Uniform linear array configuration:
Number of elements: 16
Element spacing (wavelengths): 0.25
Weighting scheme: hann
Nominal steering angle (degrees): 60
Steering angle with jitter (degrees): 60.155
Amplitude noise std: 0.05
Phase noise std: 0.05

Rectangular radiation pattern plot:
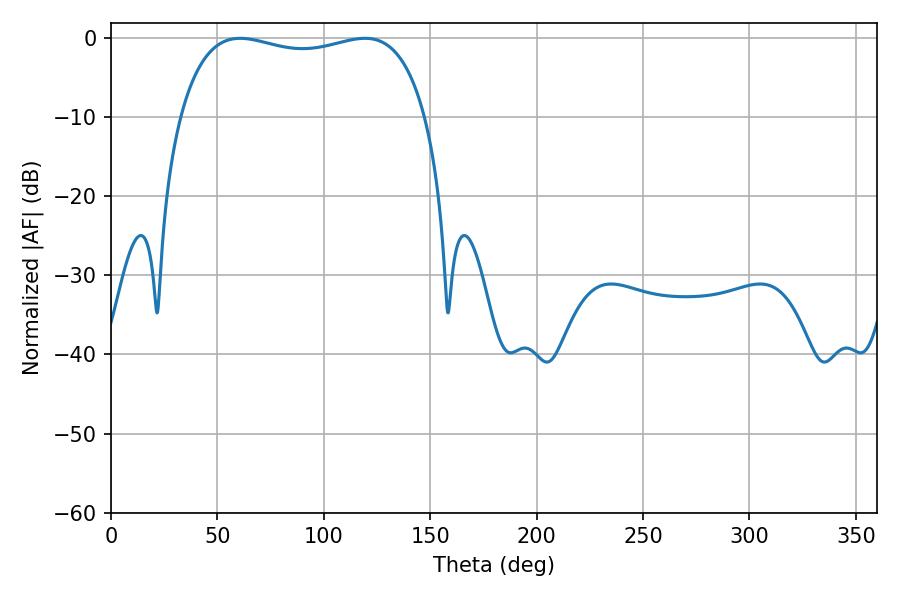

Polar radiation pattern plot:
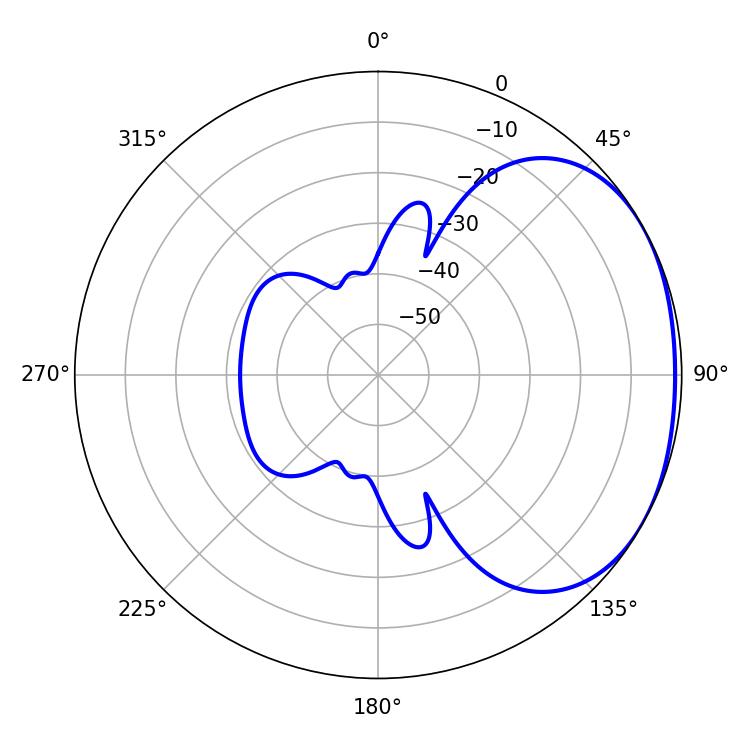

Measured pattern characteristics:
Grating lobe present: FALSE
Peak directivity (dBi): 1.833
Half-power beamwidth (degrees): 93.96
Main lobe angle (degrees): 60.66